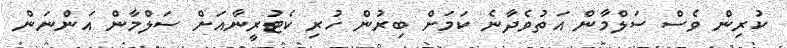
ކުރިން ވެސް ސަލްމާން އަތުވެދާނެ ކަމަށް ބިރުން ހުރި ކެޓުރީނާއަށް ސަލްމާން އަންނަން